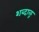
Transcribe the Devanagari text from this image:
शब्दाळू